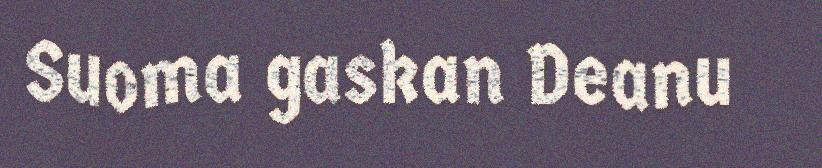
Suoma gaskan Deanu